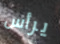
يرأس